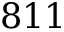
8 1 1